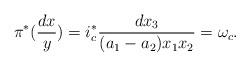
LaTeX: \begin{align*} \pi^*(\frac{dx}{y})=i_c^*\frac{dx_3}{(a_1-a_2)x_1x_2}=\omega_c.\end{align*}